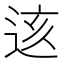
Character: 𨒨